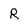
Character: R